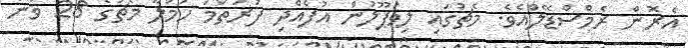
އެރޮން ރެމްސްޑޭލްއެވެ. މެޗުގައި ލިވަޕޫލުން އުފެއްދި ފުރަތަމަ ހަމަލާ މެޗުގެ 28 ވަނަ